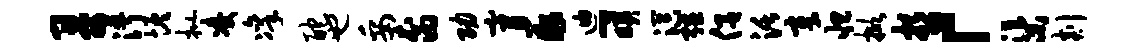
哥淑恢批凌凛酡也妥裔功膏薤迪-映溟强侣活章怛掀哲「渠剡